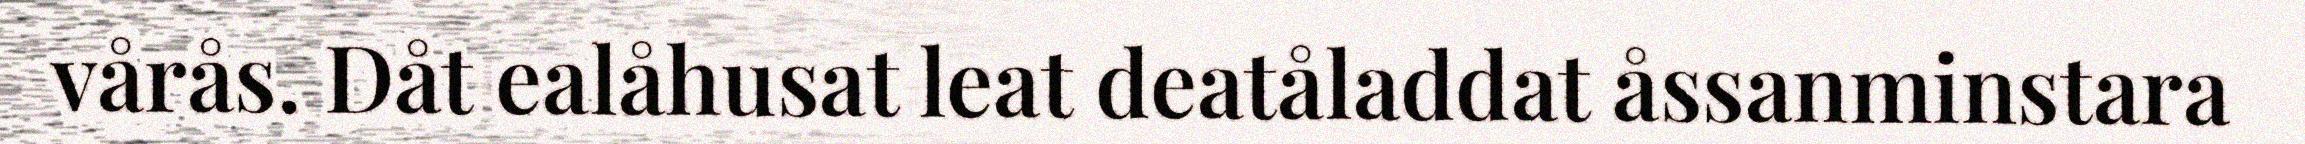
vårås. Dåt ealåhusat leat deatåladdat åssanminstara